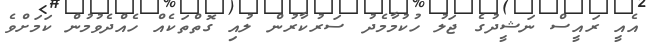
އެއީ ރައީސް ނަޝީދުގެ ޖަލު ހުކުމާމެދު ސަރުކާރުން ލުއި ގޮތްތަކެއް ހެއްދެވުމުން ކަމަށްވެ